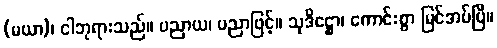
(မယာ)၊ ငါဘုရားသည်။ ပညာယ၊ ပညာဖြင့်။ သုဒိဋ္ဌော၊ ကောင်းစွာ မြင်အပ်ပြီ။